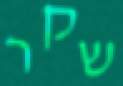
שקר